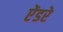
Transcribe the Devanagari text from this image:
ऐंडरे